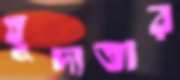
হূদ্যতার